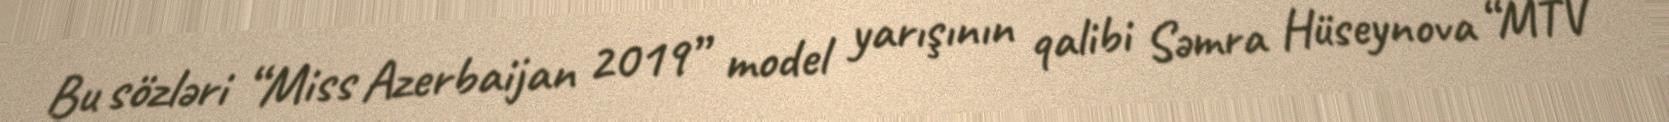
Bu sözləri “Miss Azerbaijan 2019” model yarışının qalibi Səmra Hüseynova “MTV